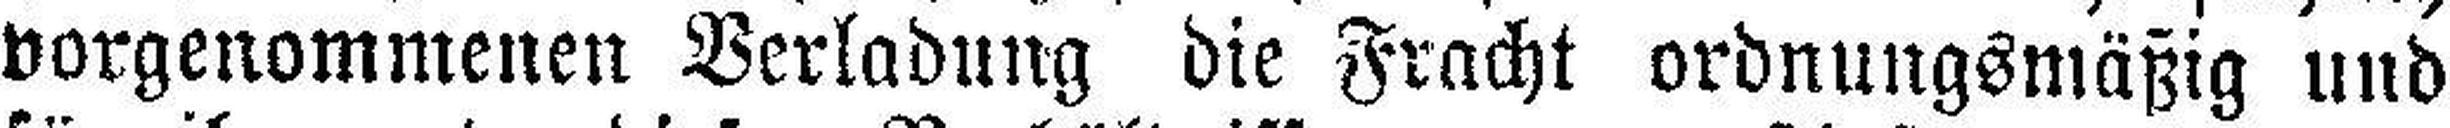
vorgenommenen Verladung die Fracht ordnungsmäßig und